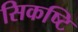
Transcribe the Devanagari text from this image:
सिकष्टि